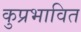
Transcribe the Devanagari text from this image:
कुप्रभावित